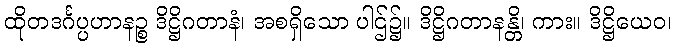
ထိုတဒင်္ဂပ္ပဟာနဉ္စ ဒိဋ္ဌိဂတာနံ၊ အစရှိသော ပါဌ်၌။ ဒိဋ္ဌိဂတာနန္တိ၊ ကား။ ဒိဋ္ဌိယေဝ၊